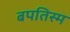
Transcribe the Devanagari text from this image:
बपतिस्म